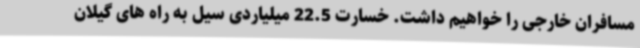
مسافران خارجی را خواهیم داشت. خسارت 22.5 میلیاردی سیل به راه های گیلان